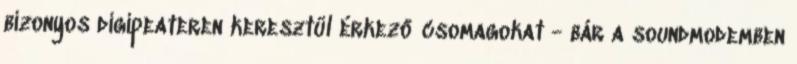
bizonyos digipeateren keresztül érkező csomagokat - bár a soundmodemben